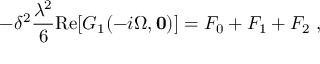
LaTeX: - \delta ^ { 2 } \frac { \lambda ^ { 2 } } { 6 } \mathrm { R e } [ G _ { 1 } ( - i \Omega , { \bf 0 } ) ] = { } F _ { 0 } + { } F _ { 1 } + { } F _ { 2 } \; ,